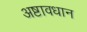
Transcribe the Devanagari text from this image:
अष्टावधान